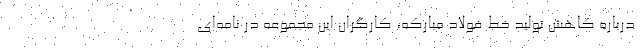
درباره کاهش تولید خط فولاد مبارکه، کارگران این مجموعه‌ در نامه‌ای